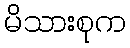
မိသားစုက